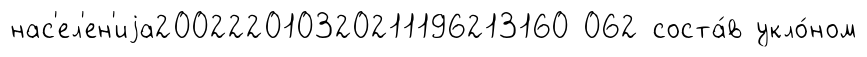
нас'ел'ен'иjа200222010320211196213160 062 соста́в укло́ном